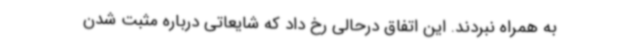
به همراه نبردند. این اتفاق درحالی رخ داد که شایعاتی درباره مثبت شدن